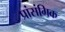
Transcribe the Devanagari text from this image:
प्रांसंगिक